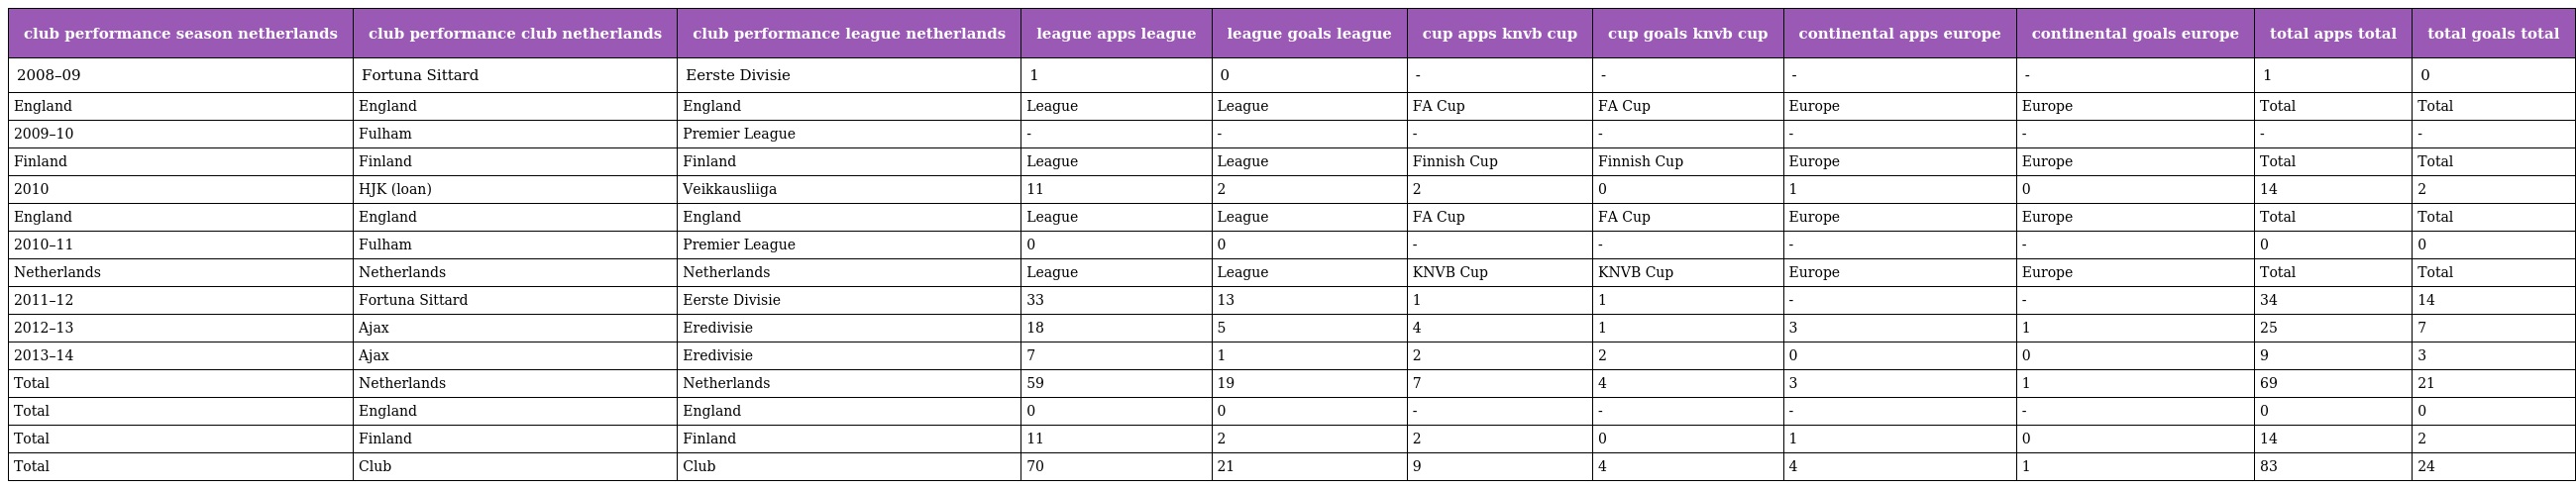
| club performance season netherlands | club performance club netherlands | club performance league netherlands | league apps league | league goals league | cup apps knvb cup | cup goals knvb cup | continental apps europe | continental goals europe | total apps total | total goals total |
 | --- | --- | --- | --- | --- | --- | --- | --- | --- | --- | --- |
 | 2008–09 | Fortuna Sittard | Eerste Divisie | 1 | 0 | - | - | - | - | 1 | 0 |
 | England | England | England | League | League | FA Cup | FA Cup | Europe | Europe | Total | Total |
 | 2009–10 | Fulham | Premier League | - | - | - | - | - | - | - | - |
 | Finland | Finland | Finland | League | League | Finnish Cup | Finnish Cup | Europe | Europe | Total | Total |
 | 2010 | HJK (loan) | Veikkausliiga | 11 | 2 | 2 | 0 | 1 | 0 | 14 | 2 |
 | England | England | England | League | League | FA Cup | FA Cup | Europe | Europe | Total | Total |
 | 2010–11 | Fulham | Premier League | 0 | 0 | - | - | - | - | 0 | 0 |
 | Netherlands | Netherlands | Netherlands | League | League | KNVB Cup | KNVB Cup | Europe | Europe | Total | Total |
 | 2011–12 | Fortuna Sittard | Eerste Divisie | 33 | 13 | 1 | 1 | - | - | 34 | 14 |
 | 2012–13 | Ajax | Eredivisie | 18 | 5 | 4 | 1 | 3 | 1 | 25 | 7 |
 | 2013–14 | Ajax | Eredivisie | 7 | 1 | 2 | 2 | 0 | 0 | 9 | 3 |
 | Total | Netherlands | Netherlands | 59 | 19 | 7 | 4 | 3 | 1 | 69 | 21 |
 | Total | England | England | 0 | 0 | - | - | - | - | 0 | 0 |
 | Total | Finland | Finland | 11 | 2 | 2 | 0 | 1 | 0 | 14 | 2 |
 | Total | Club | Club | 70 | 21 | 9 | 4 | 4 | 1 | 83 | 24 |